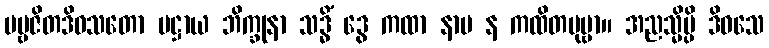
ပဗ္ဗဇိတဒိဝသတော ပဋ္ဌာယ ဘိက္ခုနာ သဒ္ဓိံ ဒွေ ကထာ နာမ န ကထိတပုဗ္ဗာ။ အညသ္မိမ္ပိ ဒိဝသေ